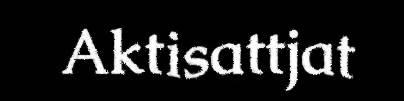
Aktisattjat